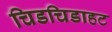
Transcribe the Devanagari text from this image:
चिडचिडाहट